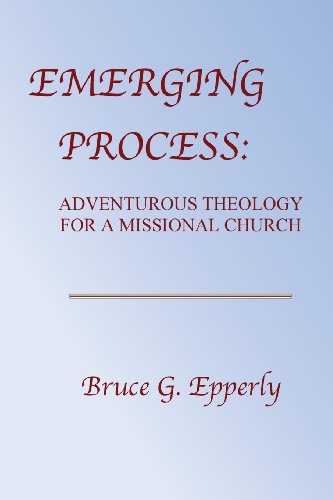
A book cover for Emerging Process; Bruce G. Epperly; Christian Books & Bibles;